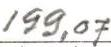
199,07